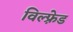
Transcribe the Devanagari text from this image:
विल्फ़्रेड